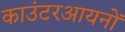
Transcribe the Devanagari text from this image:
काउंटरआयनों